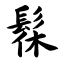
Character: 髹